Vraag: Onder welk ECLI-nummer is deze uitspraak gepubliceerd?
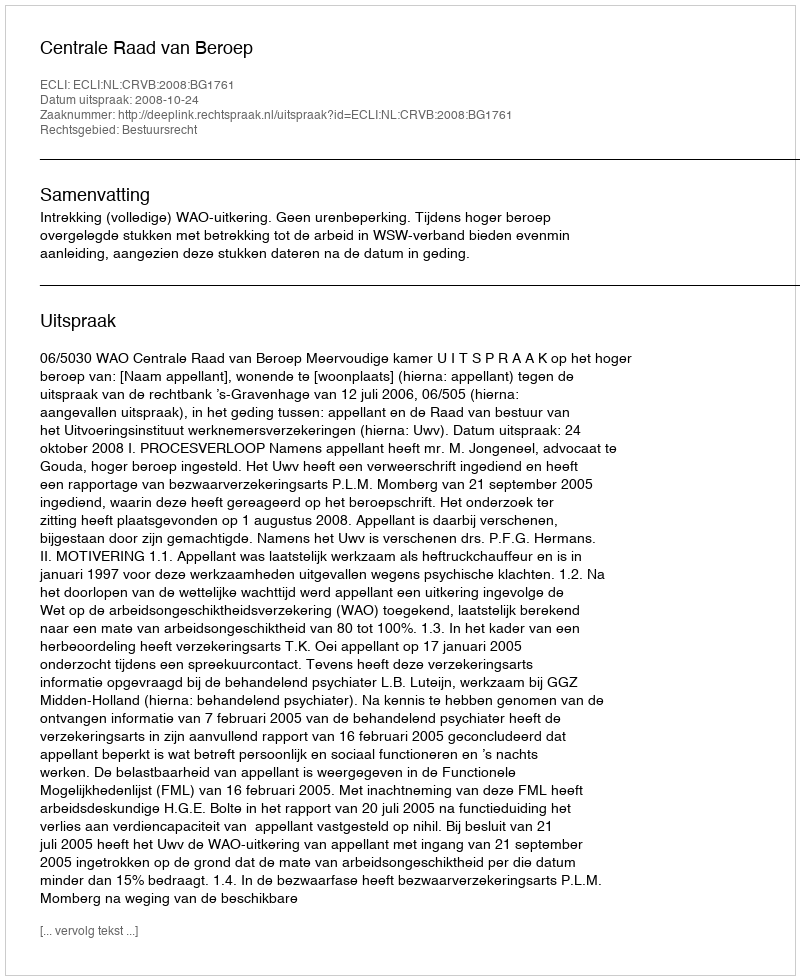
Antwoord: ECLI:NL:CRVB:2008:BG1761